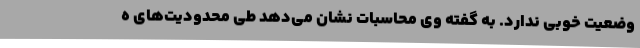
وضعیت خوبی ندارد. به گفته وی محاسبات نشان می‌دهد طی محدودیت‌های ه